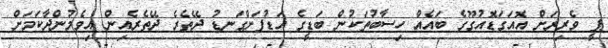
ޕީ ވެރިރަށް އޮއަގަޑޮއުގޫގެ ބައެއް ހިސާބުތަކުން ބަޑީގެ އަޑުފަށްގަނޑު ދޭތެރެ ދޭތެރެއިން އިވެމުންދާކަމަށް